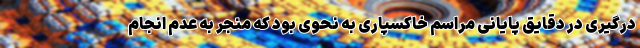
درگیری در دقایق پایانی مراسم خاکسپاری به نحوی بود که منجر به عدم انجام